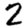
Digit: 2